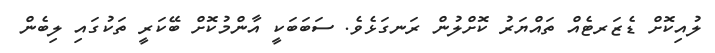
ލުއިކޮށް ޑެޒަރޓެއް ތައްޔަރު ކޮށްލުން ރަނގަޅެވެ. ސަބަބަކީ އާންމުކޮށް ބޭކަރީ ތަކުގައި ލިބެން